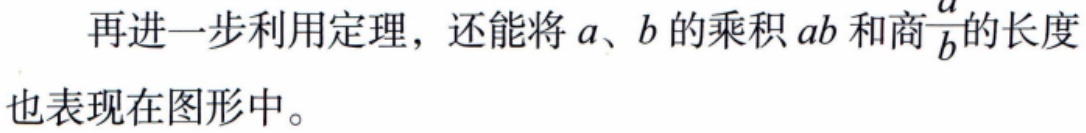
再进一步利用定理，还能将\(a\)、\(b\)的乘积\(ab\)和商\(\frac{a}{b}\)的长度也表现在图形中。